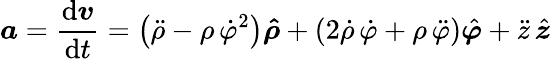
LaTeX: {\boldsymbol{a}}={\frac{\mathrm{d}{\boldsymbol{v}}}{\mathrm{d}t}}=\left({\ddot{\rho}}-\rho\, {\dot{\varphi}}^{2}\right){\boldsymbol{\hat{\rho}}}+\left(2{\dot{\rho}}\, {\dot{\varphi}}+\rho\, {\ddot{\varphi}}\right){\hat{\boldsymbol{\varphi}}}+{\ddot{z}}\, {\hat{\boldsymbol{z}}}